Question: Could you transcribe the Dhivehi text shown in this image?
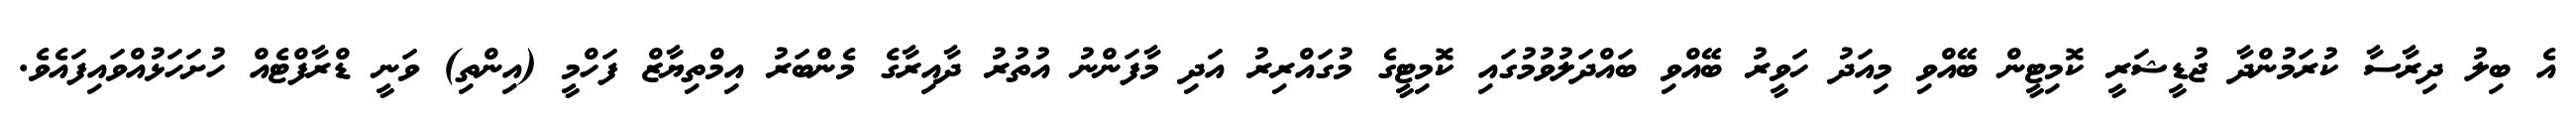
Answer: އެ ބިލު ދިރާސާ ކުރަމުންދާ ޖުޑީޝަރީ ކޮމިޓީން ބޭއްވި މިއަދު ހަވީރު ބޭއްވި ބައްދަލުވުމުގައި ކޮމިޓީގެ މުގައްރިރު އަދި މާފަންނު އުތުރު ދާއިރާގެ މެންބަރު އިމްތިޔާޒް ފަހްމީ (އިންތި) ވަނީ ޑްރާފްޓެއް ހުށަހަޅުއްވައިފައެވެ.